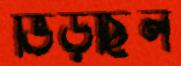
ভিড়ছিল